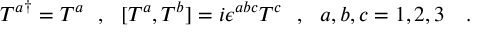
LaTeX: { T ^ { a } } ^ { \dagger } = T ^ { a } \ \ , \ \ [ T ^ { a } , T ^ { b } ] = i \epsilon ^ { a b c } T ^ { c } \ \ , \ \ a , b , c = 1 , 2 , 3 \ \ \ .